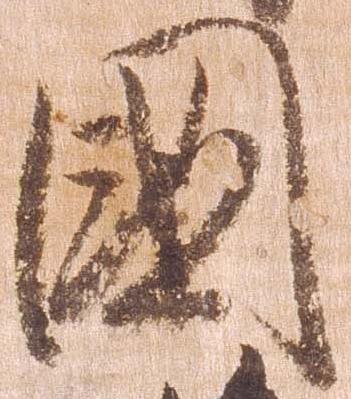
国